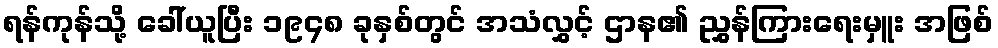
ရန်ကုန်သို့ ခေါ်ယူပြီး ၁၉၄၈ ခုနှစ်တွင် အသံလွှင့် ဌာန၏ ညွှန်ကြားရေးမှူး အဖြစ်